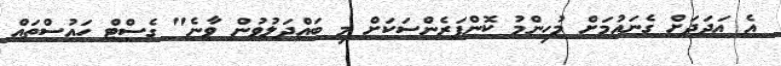
އެ އަދަދަށް ގެނައުމަށް މުހިންމު ކޮންފަރެންސަކަށް މި ބައްދަލުވުން ވާނެ" ގެސްޓް ހައުސްތައް